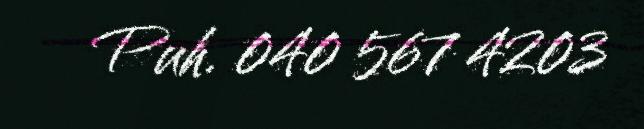
Puh. 040 567 4203